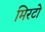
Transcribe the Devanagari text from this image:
मिरटो